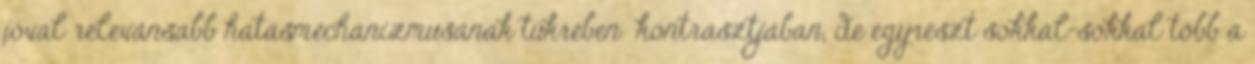
jóval relevánsabb hatásmechanizmusának tükrében kontrasztjában, de egyrészt sokkal-sokkal több a